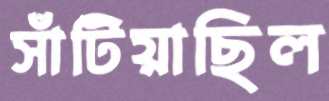
সাঁটিয়াছিল